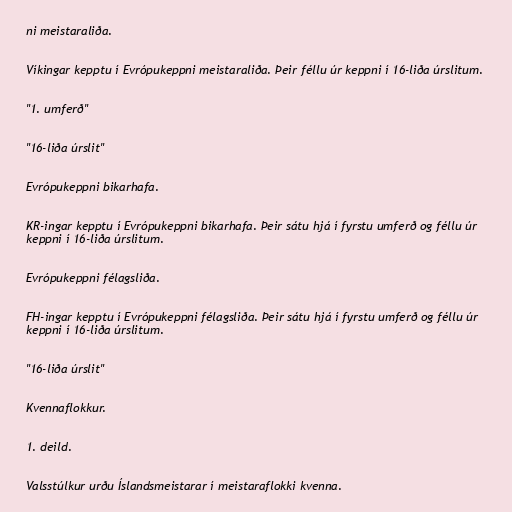
ni meistaraliða.

Víkingar kepptu í Evrópukeppni meistaraliða. Þeir féllu úr keppni í 16-liða úrslitum.

"1. umferð"

"16-liða úrslit"

Evrópukeppni bikarhafa.

KR-ingar kepptu í Evrópukeppni bikarhafa. Þeir sátu hjá í fyrstu umferð og féllu úr
keppni í 16-liða úrslitum.

Evrópukeppni félagsliða.

FH-ingar kepptu í Evrópukeppni félagsliða. Þeir sátu hjá í fyrstu umferð og féllu úr
keppni í 16-liða úrslitum.

"16-liða úrslit"

Kvennaflokkur.

1. deild.

Valsstúlkur urðu Íslandsmeistarar í meistaraflokki kvenna.